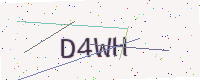
Text: D4WH